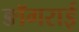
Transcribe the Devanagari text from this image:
ङॉगराई